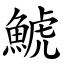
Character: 鯱